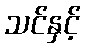
သင်နှင့်